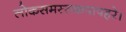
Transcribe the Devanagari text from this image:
लोकसमस्तकपापहरे।